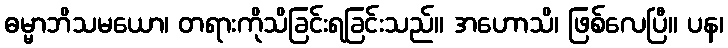
ဓမ္မာဘိသမယော၊ တရားကိုသိခြင်းရခြင်းသည်။ အဟောသိ၊ ဖြစ်လေပြီ။ ပန၊